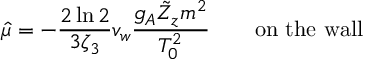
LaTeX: { \hat { \mu } } = - \frac { 2 \ln 2 } { 3 \zeta _ { 3 } } v _ { w } { \frac { g _ { A } \tilde { Z } _ { z } m ^ { 2 } } { T _ { 0 } ^ { 2 } } } \qquad \mathrm { o n } \, \, \mathrm { t h e } \, \, \mathrm { w a l l }